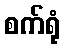
စက်ရုံ